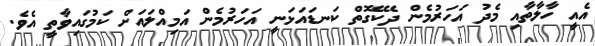
އެއީ ހާލާތާއި މެދު އަހަރުމެން ދެކޭގޮތް ކަނޑައަޅަނީ އަހަރުމެން އަމިއްލައަށް ކަމުގައިވާތީ އެވެ.